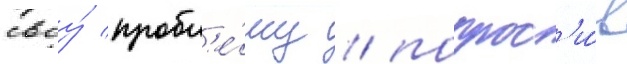
своу́ пробл'е́му / попрос'и́в